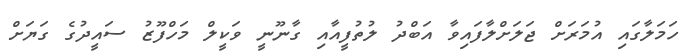
ހަމަލާގައި އުމަރަށް ޖަލަށްލާފައިވާ އަބްދު ލުތުފީއާއި ގާނޫނީ ވަކީލް މަހްފޫޒު ސައީދުގެ ގަޔަށް